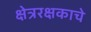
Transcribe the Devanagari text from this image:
क्षेत्ररक्षकाचे